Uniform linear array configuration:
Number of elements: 16
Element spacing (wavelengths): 1
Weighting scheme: cosine
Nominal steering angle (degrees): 45
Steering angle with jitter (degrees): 46.949
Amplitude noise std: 0.05
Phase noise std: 0.05

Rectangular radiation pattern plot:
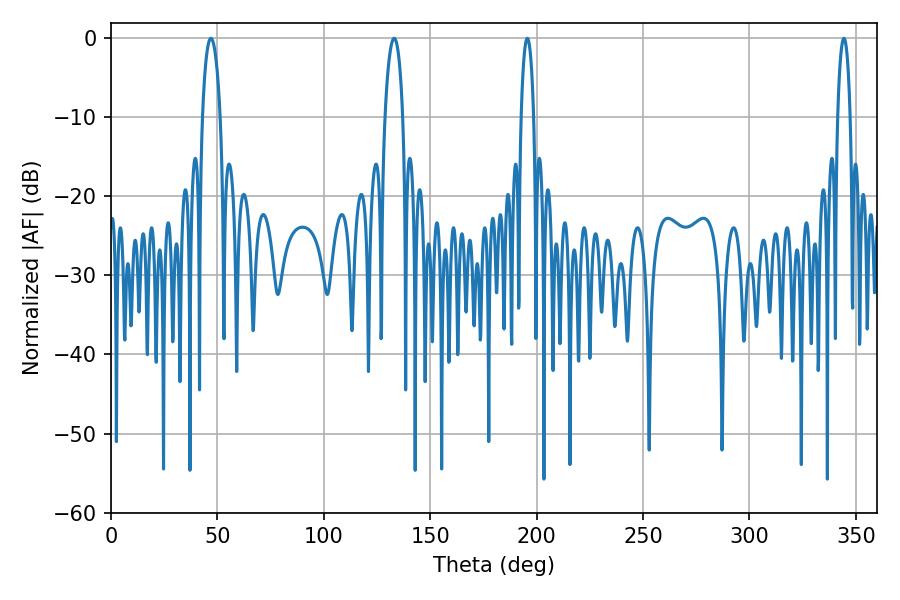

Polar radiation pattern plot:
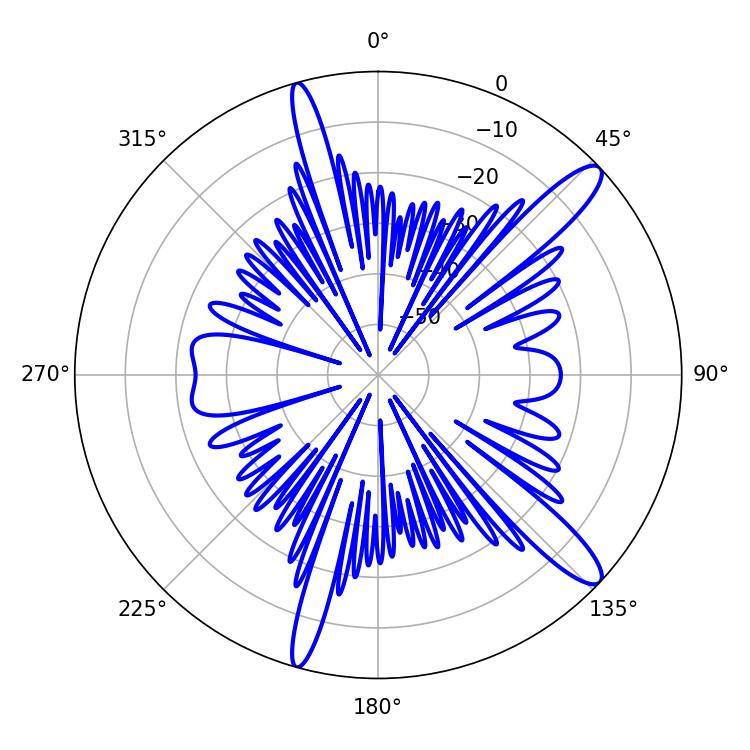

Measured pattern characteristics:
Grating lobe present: TRUE
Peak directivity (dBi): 13.104
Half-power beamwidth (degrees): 4.68
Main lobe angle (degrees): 46.98